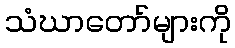
သံဃာတော်များကို